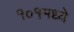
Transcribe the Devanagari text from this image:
१०१मध्ये